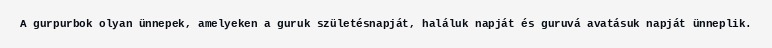
A gurpurbok olyan ünnepek, amelyeken a guruk születésnapját, haláluk napját és guruvá avatásuk napját ünneplik.